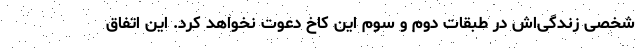
شخصی زندگی‌اش در طبقات دوم و سوم این کاخ دعوت نخواهد کرد. این اتفاق